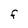
Character: F